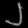
Digit: ၂